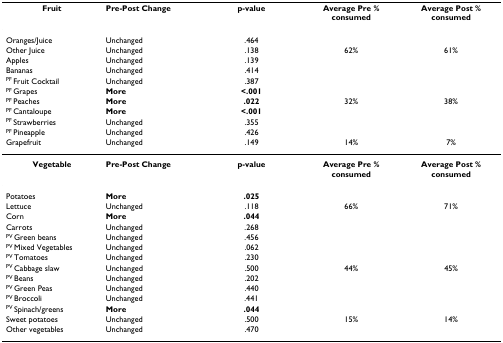
| Fruit | Pre-Post Change | p-value | Average Pre % consumed | Average Post % consumed |
 | --- | --- | --- | --- | --- |
 | Oranges/Juice | Unchanged | .464 |  |  |
 | Other Juice | Unchanged | .138 | 62% | 61% |
 | Apples | Unchanged | .139 |  |  |
 | Bananas | Unchanged | .414 |  |  |
 | PF Fruit Cocktail | Unchanged | .387 |  |  |
 | PF Grapes | More | <.001 |  |  |
 | PF Peaches | More | .022 | 32% | 38% |
 | PF Cantaloupe | More | <.001 |  |  |
 | PF Strawberries | Unchanged | .355 |  |  |
 | PF Pineapple | Unchanged | .426 |  |  |
 | Grapefruit | Unchanged | .149 | 14% | 7% |
 | Vegetable | Pre-Post Change | p-value | Average Pre % consumed | Average Post % consumed |
 | Potatoes | More | .025 |  |  |
 | Lettuce | Unchanged | .118 | 66% | 71% |
 | Corn | More | .044 |  |  |
 | Carrots | Unchanged | .268 |  |  |
 | PV Green beans | Unchanged | .456 |  |  |
 | PV Mixed Vegetables | Unchanged | .062 |  |  |
 | PV Tomatoes | Unchanged | .230 |  |  |
 | PV Cabbage slaw | Unchanged | .500 | 44% | 45% |
 | PV Beans | Unchanged | .202 |  |  |
 | PV Green Peas | Unchanged | .440 |  |  |
 | PV Broccoli | Unchanged | .441 |  |  |
 | PV Spinach/greens | More | .044 |  |  |
 | Sweet potatoes | Unchanged | .500 | 15% | 14% |
 | Other vegetables | Unchanged | .470 |  |  |